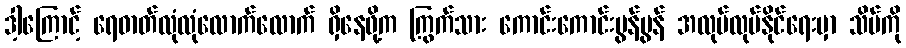
ဒါ့ကြောင့် ရေဓာတ်လုံလုံလောက်လောက် ရှိနေဖို့က ကြွက်သား ကောင်းကောင်းမွန်မွန် အလုပ်လုပ်နိုင်ရေးမှာ သိပ်ကို